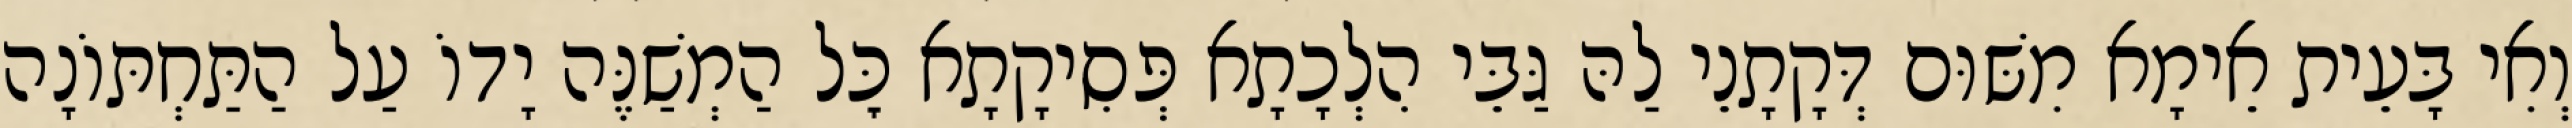
וְאִי בָּעֵית אֵימָא מִשּׁוּם דְּקָתָנֵי לַהּ גַּבֵּי הִלְכָתָא פְּסִיקָתָא כׇּל הַמְשַׁנֶּה יָדוֹ עַל הַתַּחְתּוֹנָה